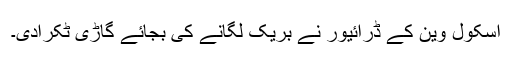
اسکول وین کے ڈرائیور نے بریک لگانے کی بجائے گاڑی ٹکرادی۔